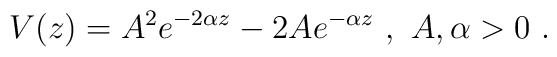
V(z) = A^2 e^{-2\alpha z} - 2 A e^{-\alpha z}  \ ,\  A,\alpha >0 \ .